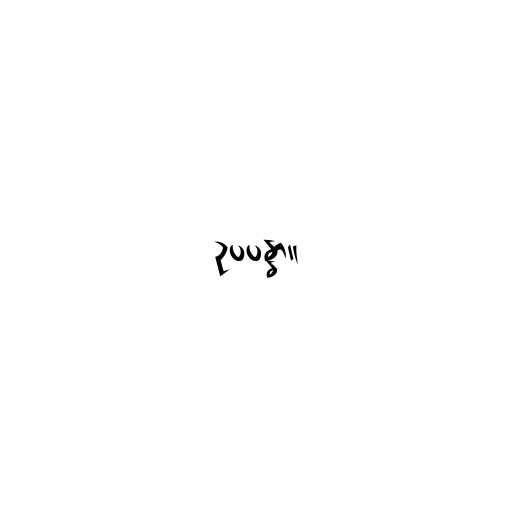
ဥပပန္နာ။